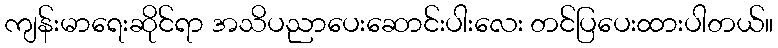
ကျန်းမာရေးဆိုင်ရာ အသိပညာပေးဆောင်းပါးလေး တင်ပြပေးထားပါတယ်။